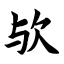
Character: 欤